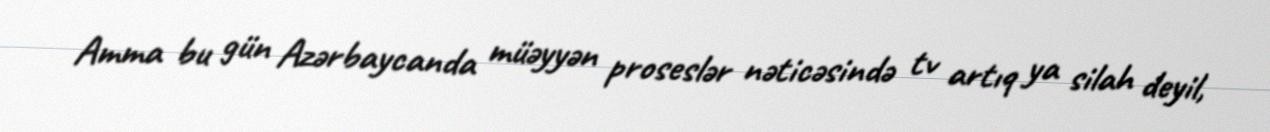
Amma bu gün Azərbaycanda müəyyən proseslər nəticəsində tv artıq ya silah deyil,